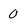
Character: O